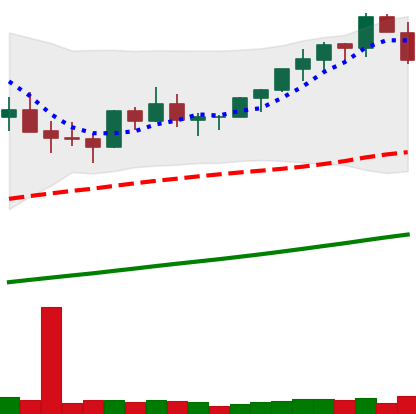
Ticker: BTC-USD
Chart end date: 2021-03-15
Forward return: 4.304%
Label: up_3_5